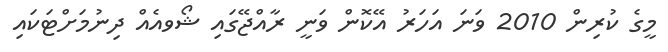
މީގެ ކުރިން 2010 ވަނަ އަހަރު އޭކޮން ވަނީ ރާއްޖޭގައި ޝޯވއެއް ދިނުމަށްޓަކައި